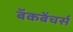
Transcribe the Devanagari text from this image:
बॅकबेंचर्स